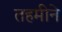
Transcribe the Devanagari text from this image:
तहमीने